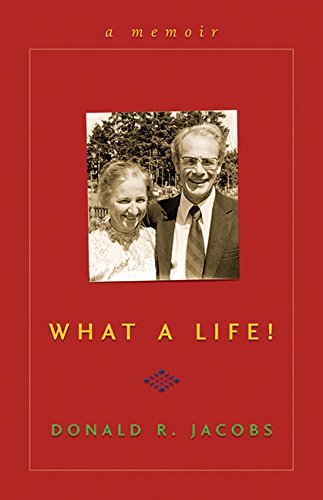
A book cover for What a Life!: A Memoir; Donald Jacobs; Christian Books & Bibles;